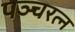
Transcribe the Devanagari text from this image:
पञ्चरत्न